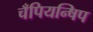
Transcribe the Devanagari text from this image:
चँपियन्षिप